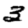
Digit: 3